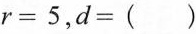
$$r= 5$$,$$d= ( )$$